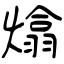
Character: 熻